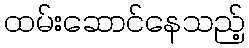
ထမ်းဆောင်နေသည့်